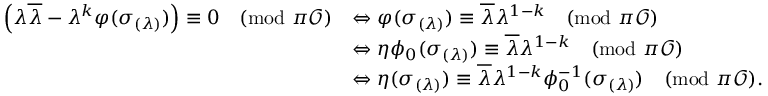
\begin{array} { r l } { \left( \lambda \overline { { \lambda } } - \lambda ^ { k } \varphi ( \sigma _ { \left( \lambda \right) } ) \right) \equiv 0 \pmod { \pi \mathcal O } } & { \Leftrightarrow \varphi ( \sigma _ { ( \lambda ) } ) \equiv \overline { { \lambda } } \lambda ^ { 1 - k } \pmod { \pi \mathcal O } } \\ & { \Leftrightarrow \eta \phi _ { 0 } ( \sigma _ { ( \lambda ) } ) \equiv \overline { { \lambda } } \lambda ^ { 1 - k } \pmod { \pi \mathcal O } } \\ & { \Leftrightarrow \eta ( \sigma _ { ( \lambda ) } ) \equiv \overline { { \lambda } } \lambda ^ { 1 - k } \phi _ { 0 } ^ { - 1 } ( \sigma _ { ( \lambda ) } ) \pmod { \pi \mathcal O } . } \end{array}